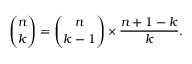
{ \binom { n } { k } } = { \binom { n } { k - 1 } } \times { \frac { n + 1 - k } { k } } .